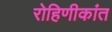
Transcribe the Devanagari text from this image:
रोहिणीकांत